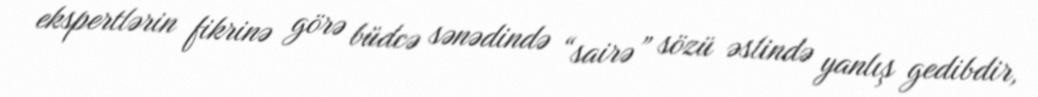
ekspertlərin fikrinə görə büdcə sənədində “sairə” sözü əslində yanlış gedibdir,